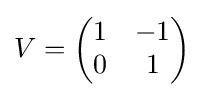
V={\begin{pmatrix}1&-1\\0&1\end{pmatrix}}